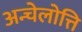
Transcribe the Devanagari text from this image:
अन्चेलोत्ति